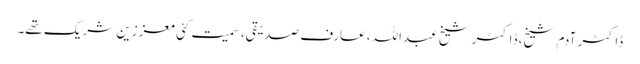
ڈاکٹر آدم شیخ، ڈاکٹر شیخ عبداللہ، عارف صدیقی، سمیت کئی معززین شریک تھے۔